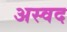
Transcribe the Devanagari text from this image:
अस्वद